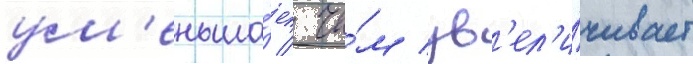
ум'еньша́ет / че́м ув'ел'и́чивает